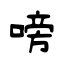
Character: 嗙